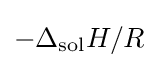
-\Delta _{\text{sol}}H/R